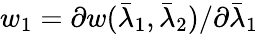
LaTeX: w_{1}=\partial w(\bar{\lambda}_{1},\bar{\lambda}_{2})/\partial\bar{\lambda}_{1}